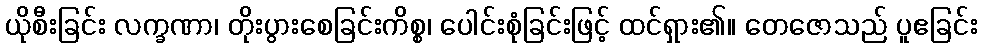
ယိုစီးခြင်း လက္ခဏာ၊ တိုးပွားစေခြင်းကိစ္စ၊ ပေါင်းစုံခြင်းဖြင့် ထင်ရှား၏။ တေဇောသည် ပူဧခြင်း